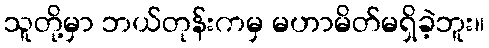
သူတို့မှာ ဘယ်တုန်းကမှ မဟာမိတ်မရှိခဲ့ဘူး။